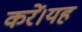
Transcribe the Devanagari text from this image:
करें।यह